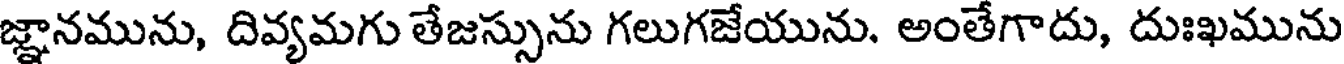
జ్ఞానమును, దివ్యమగు తేజస్సును గలుగజేయును. అంతేగాదు, దుఃఖమును